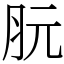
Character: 䏓